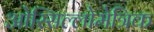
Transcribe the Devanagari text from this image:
ओस्सिल्लोमेत्रिक